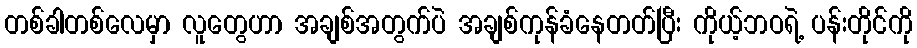
တစ်ခါတစ်လေမှာ လူတွေဟာ အချစ်အတွက်ပဲ အချစ်ကုန်ခံနေတတ်ပြီး ကိုယ့်ဘဝရဲ့ ပန်းတိုင်ကို